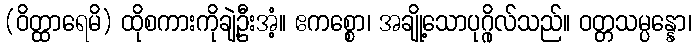
(ဝိတ္ထာရေမိ) ထိုစကားကိုချဲ့ဦးအံ့။ ဧကစ္စော၊ အချို့သောပုဂ္ဂိုလ်သည်။ ဝတ္တသမ္ပန္နော၊